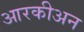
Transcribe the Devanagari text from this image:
आरकीअन